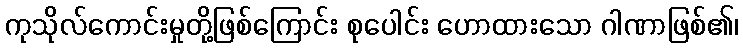
ကုသိုလ်ကောင်းမှုတို့ဖြစ်ကြောင်း စုပေါင်း ဟောထားသော ဂါဏာဖြစ်၏၊